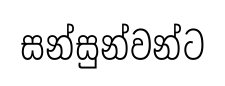
සන්සුන්වන්ට